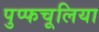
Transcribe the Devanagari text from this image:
पुप्फचूलिया